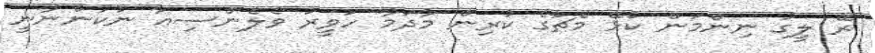
ރޭ ލީގު ނިންމަން ކުޅޭ މެޗުގެ ކުރިން މާދަމާ ހަވީރު ވެލެންސިއާ ނުކުންނާނީ